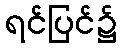
ရင်ပြင်၌